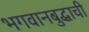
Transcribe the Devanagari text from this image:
भगवानबुद्धाची